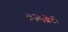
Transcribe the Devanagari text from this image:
सेलिब्रेटी